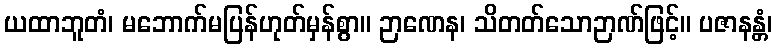
ယထာဘူတံ၊ မဘောက်မပြန်ဟုတ်မှန်စွာ။ ဉာဏေန၊ သိတတ်သောဉာဏ်ဖြင့်။ ပဇာနန္တံ၊